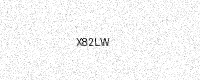
Text: X82LW